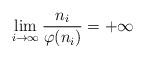
LaTeX: \begin{align*}\lim\limits_{i\rightarrow \infty}\frac{n_i}{\varphi(n_i)}=+\infty\end{align*}